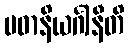
ပဓာနိယင်္ဂါနီတိ